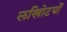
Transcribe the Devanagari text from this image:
लखोिटयों